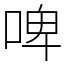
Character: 啤